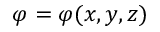
\varphi = \varphi ( x , y , z )